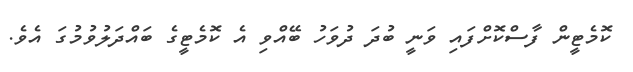
ކޮމެޓީން ފާސްކޮށްފައި ވަނީ ބުދަ ދުވަހު ބޭއްވި އެ ކޮމެޓީގެ ބައްދަލުވުމުގަ އެވެ.